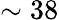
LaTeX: \sim 38